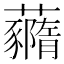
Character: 𧄙